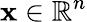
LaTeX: \mathbf{x}\in{\mathbb{R}}^{n}